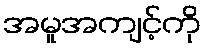
အမူအကျင့်ကို